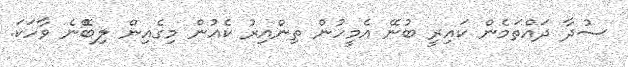
ސުދާ ދައްތަމެން ކައިރީ ބުނޭ އެމީހުން ތިންއިރު ކެއުން މިގެއިން ލިބެޭނެ ވާހަކަ.